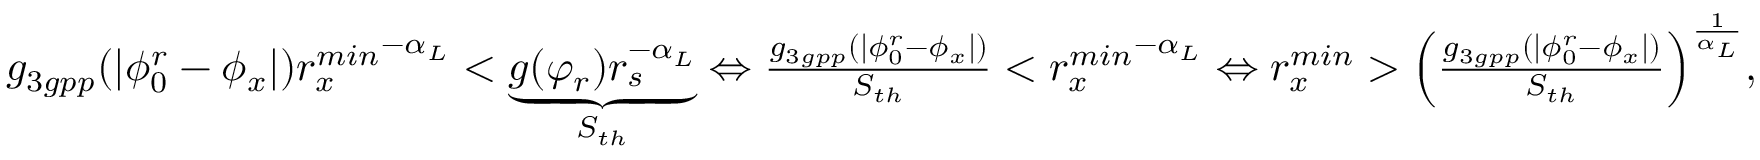
\begin{array} { r l } & { g _ { 3 g p p } ( | \phi _ { 0 } ^ { r } - \phi _ { x } | ) { r _ { x } ^ { m i n } } ^ { - \alpha _ { L } } < \underbrace { g ( \varphi _ { r } ) r _ { s } ^ { - \alpha _ { L } } } _ { S _ { t h } } \Leftrightarrow \frac { g _ { 3 g p p } ( | \phi _ { 0 } ^ { r } - \phi _ { x } | ) } { S _ { t h } } < { r _ { x } ^ { m i n } } ^ { - \alpha _ { L } } \Leftrightarrow r _ { x } ^ { m i n } > \Big ( \frac { g _ { 3 g p p } ( | \phi _ { 0 } ^ { r } - \phi _ { x } | ) } { S _ { t h } } \Big ) ^ { \frac { 1 } { \alpha _ { L } } } , } \end{array}